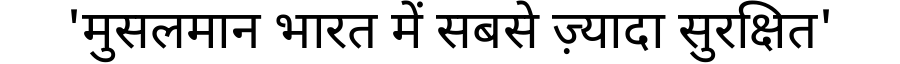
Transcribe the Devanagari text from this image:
'मुसलमान भारत में सबसे ज़्यादा सुरक्षित'